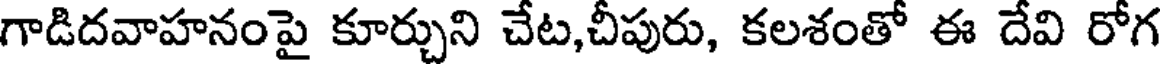
గాడిదవాహనంపై కూర్చుని చేట,చీపురు, కలశంతో ఈ దేవి రోగ